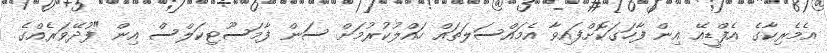
އެމެރިކާގެ އެފްޑީއޭ އިން ފާހަގަކޮށްފައިވާ އެމައްސަލަތައް ހައްލުކުރުމަށް ސަން ފާމަސޫޓިކަލްސް އިން "ފުދޭވަރެއްގެ